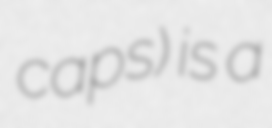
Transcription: caps) is a